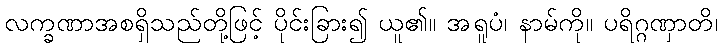
လက္ခဏာအစရှိသည်တို့ဖြင့် ပိုင်းခြား၍ ယူ၏။ အရူပံ၊ နာမ်ကို။ ပရိဂ္ဂဏှာတိ၊